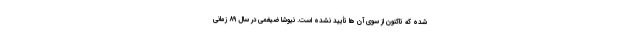
شده که تاکنون از سوی آن ها تأیید نشده است. نیوشا ضیغمی در سال ۸۹ زمانی